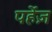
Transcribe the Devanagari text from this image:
पर्हेज़